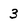
Character: 3